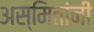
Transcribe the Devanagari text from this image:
अस्मितांनी